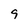
Character: 9